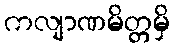
ကလျာဏမိတ္တမှိ